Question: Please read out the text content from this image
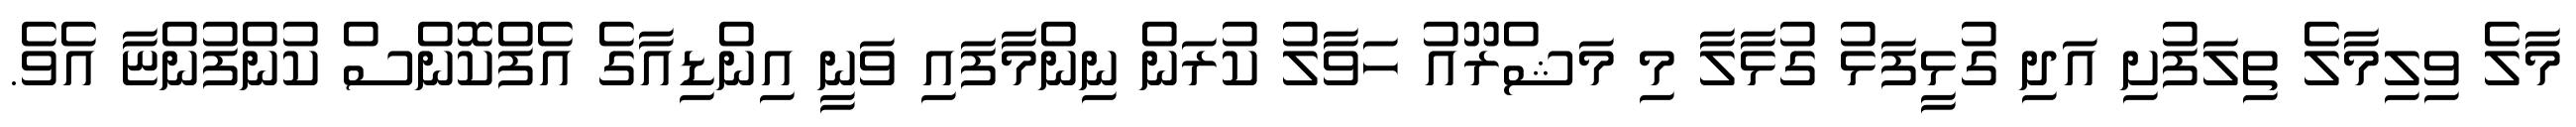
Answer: މާލެ ވިލިމާލެ ތިލަފުށި އަދި ގުޅީފަޅު ގުޅާލާ މި މަޝްރޫއު ހަވާލު ކުރަން ނިންމާފައި ވަނީ އިންޑިއާގެ އެފްކޮންސް ކުންފުންޏާ އެވެ.